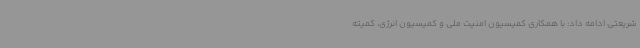
شریعتی ادامه داد: با همکاری کمیسیون امنیت ملی و کمیسیون انرژی، کمیته